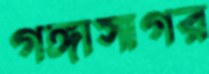
গঙ্গাসাগর